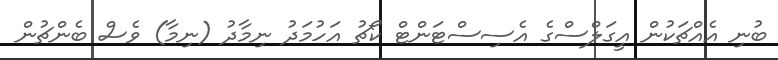
ބުނި އެއްޗަކުން އީގަލްސްގެ އެސިސްޓަންޓް ކޯޗު އަހުމަދު ނިމާދު (ނިމާ) ވެސް ބެންޗުން